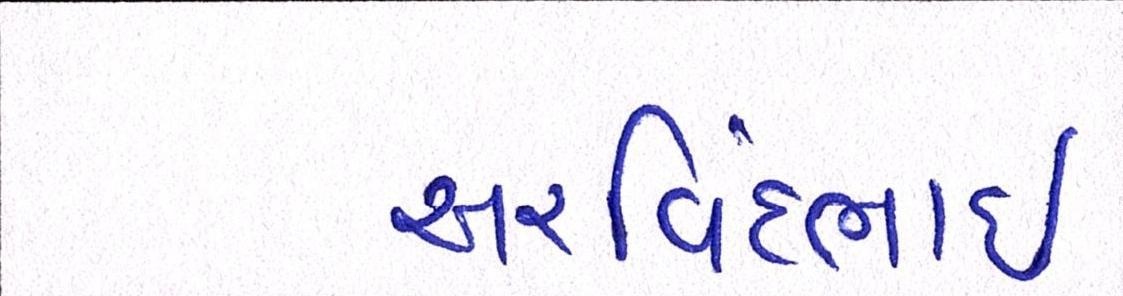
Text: અરવિંદભાઇ